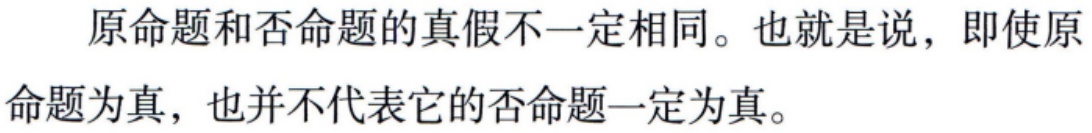
原命题和否命题的真假不一定相同。也就是说，即使原命题为真，也并不代表它的否命题一定为真。